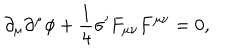
LaTeX: \partial _ { \mu } \partial ^ { \mu } \phi + \frac { 1 } { 4 } \sigma ^ { \prime } F _ { \mu \nu } F ^ { \mu \nu } = 0 ,